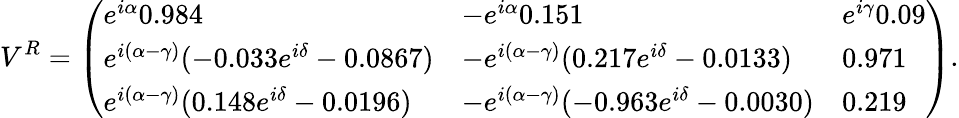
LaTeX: V^{R}=\left(\begin{array}{lll}{{e^{i\alpha}0.984}}&{{-e^{i\alpha}0.151}}&{{e^{i\gamma}0.09}}\\ {{e^{i(\alpha-\gamma)}(-0.033e^{i\delta}-0.0867)}}&{{-e^{i(\alpha-\gamma)}(0.217e^{i\delta}-0.0133)}}&{{0.971}}\\ {{e^{i(\alpha-\gamma)}(0.148e^{i\delta}-0.0196)}}&{{-e^{i(\alpha-\gamma)}(-0.963e^{i\delta}-0.0030)}}&{{0.219}}\end{array}\right).